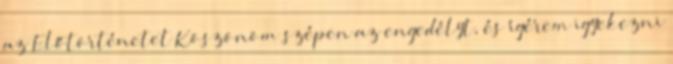
az Előtörténetet Köszönöm szépen az engedélyt, és ígérem igyekezni